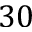
3 0